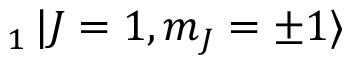
_ 1 \mathinner { | { J = 1 , m _ { J } = \pm 1 } \rangle }